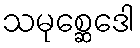
သမုစ္ဆေဒေါ